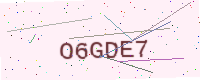
Text: O6GDE7